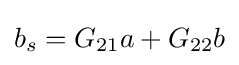
b_{s}=G_{21}a+G_{22}b